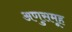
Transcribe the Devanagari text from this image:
अणुसमूह